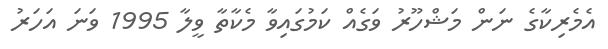
އެމެރިކާގެ ނަން މަޝްހޫރު ވަގެއް ކަމުގައިވާ މެކާތާ ވީލާ 1995 ވަނަ އަހަރު